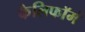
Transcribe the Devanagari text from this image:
कैलिफॉर्म